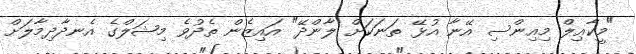
"މީކާޢިލް މިއިންސި އޭނާ އުޅޭ ތަނަކަށް ލާންދޭ" އައިޒެން ތެދުވެ މިޝަލްގެ އެނދާދިމާލަށް